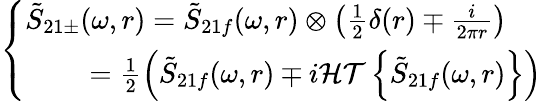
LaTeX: \left\{ \begin{array}{l}{\tilde{S}_{21\pm}(\omega,r)=\tilde{S}_{21f}(\omega,r)\otimes\left(\frac{1}{2}\delta(r)\mp\frac{i}{2\pi r}\right)}\\ {~~~~~~~~=\frac{1}{2}\Big(\tilde{S}_{21f}(\omega,r)\mp i\mathcal{HT}\left\{ \tilde{S}_{21f}(\omega,r)\right\} \Big)}\end{array}\right.